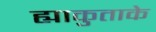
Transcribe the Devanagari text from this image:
ह्याकुताके